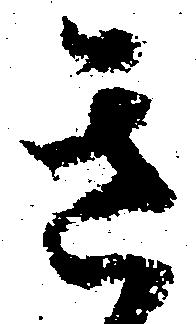
き